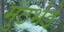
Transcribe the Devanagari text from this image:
मुठभेडे